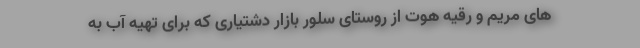
های مریم و رقیه هوت از روستای سلور بازار دشتیاری که برای تهیه آب به